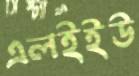
এলইইউ